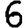
Digit: 6